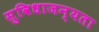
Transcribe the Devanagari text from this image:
सुविधाजन्यता